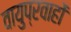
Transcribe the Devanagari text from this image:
वायुप्रवाहों